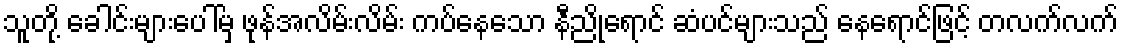
သူတို့ ခေါင်းများပေါ်မှ ဖုန်အလိမ်းလိမ်း ကပ်နေသော နီညိုရောင် ဆံပင်များသည် နေရောင်ဖြင့် တလက်လက်